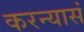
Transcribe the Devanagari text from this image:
करन्यासं